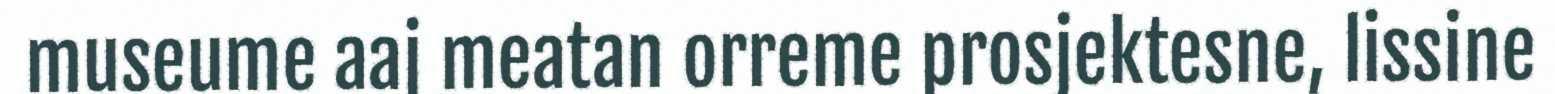
museume aaj meatan orreme prosjektesne, lissine